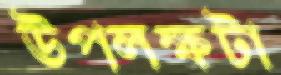
উপলক্ষটা